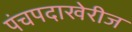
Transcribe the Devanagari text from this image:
पंचपदाखेरीज